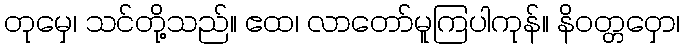
တုမှေ၊ သင်တို့သည်။ ဧထ၊ လာတော်မူကြပါကုန်။ နိဝတ္တဝှော၊